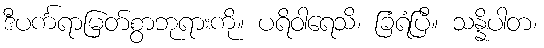
ဒီပင်္ကရာမြတ်စွာဘုရားကို။ ပရိဝါရေသိ၊ ခြံရံပြီ။ သန္နိပါတ၊